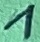
Text: 1